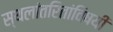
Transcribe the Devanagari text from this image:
स्थलांतरितांविषयी